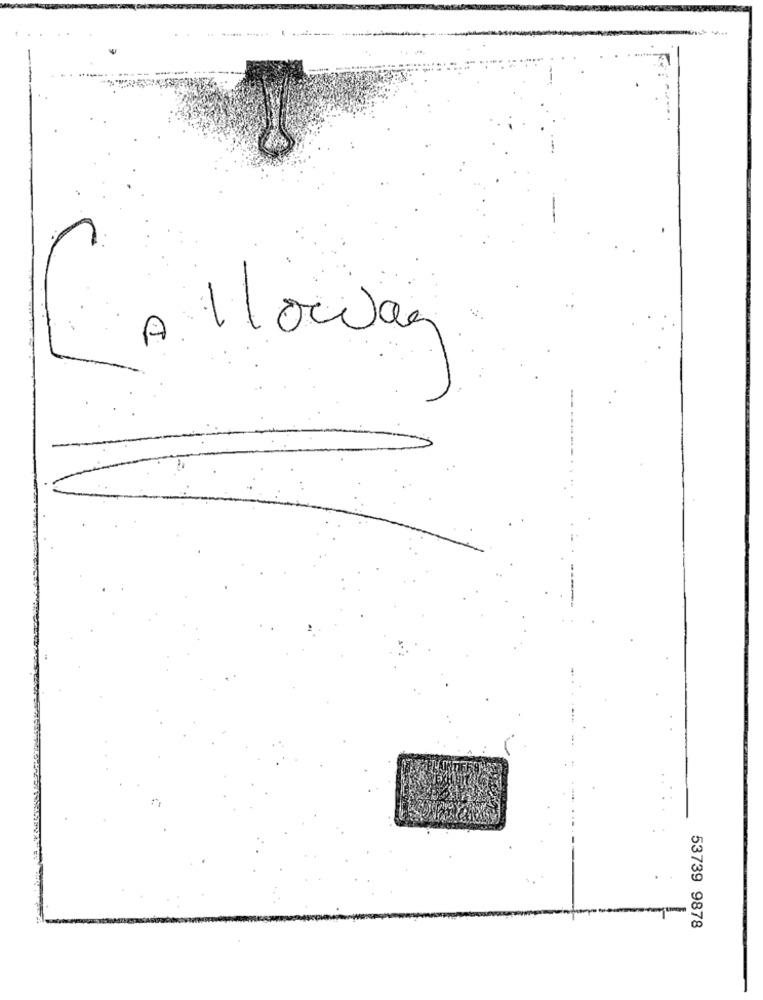
Allowa
53739 9878